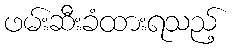
ဖမ်းဆီးခံထားရသည့်